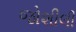
જોશીલી